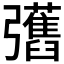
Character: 𢑇